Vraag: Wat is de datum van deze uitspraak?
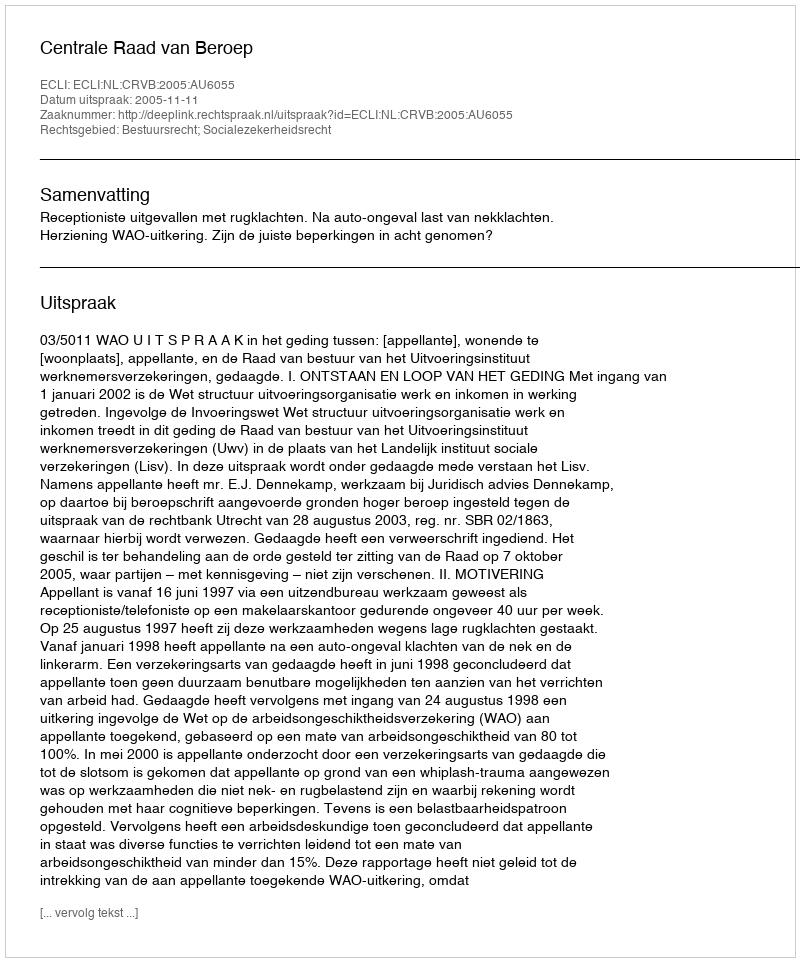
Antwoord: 2005-11-11